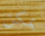
يمكن